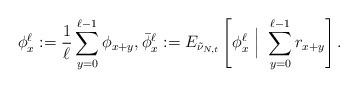
LaTeX: \begin{align*} \phi_x^\ell:=\frac1\ell\sum_{y=0}^{\ell-1} \phi_{x+y}, \bar\phi_x^\ell:=E_{\tilde\nu_{N,t}} \left[ \phi_x^\ell~\Big|~\sum_{y=0}^{\ell-1} r_{x+y} \right].\end{align*}